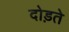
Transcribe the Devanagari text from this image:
दोड़ते